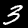
Digit: 3